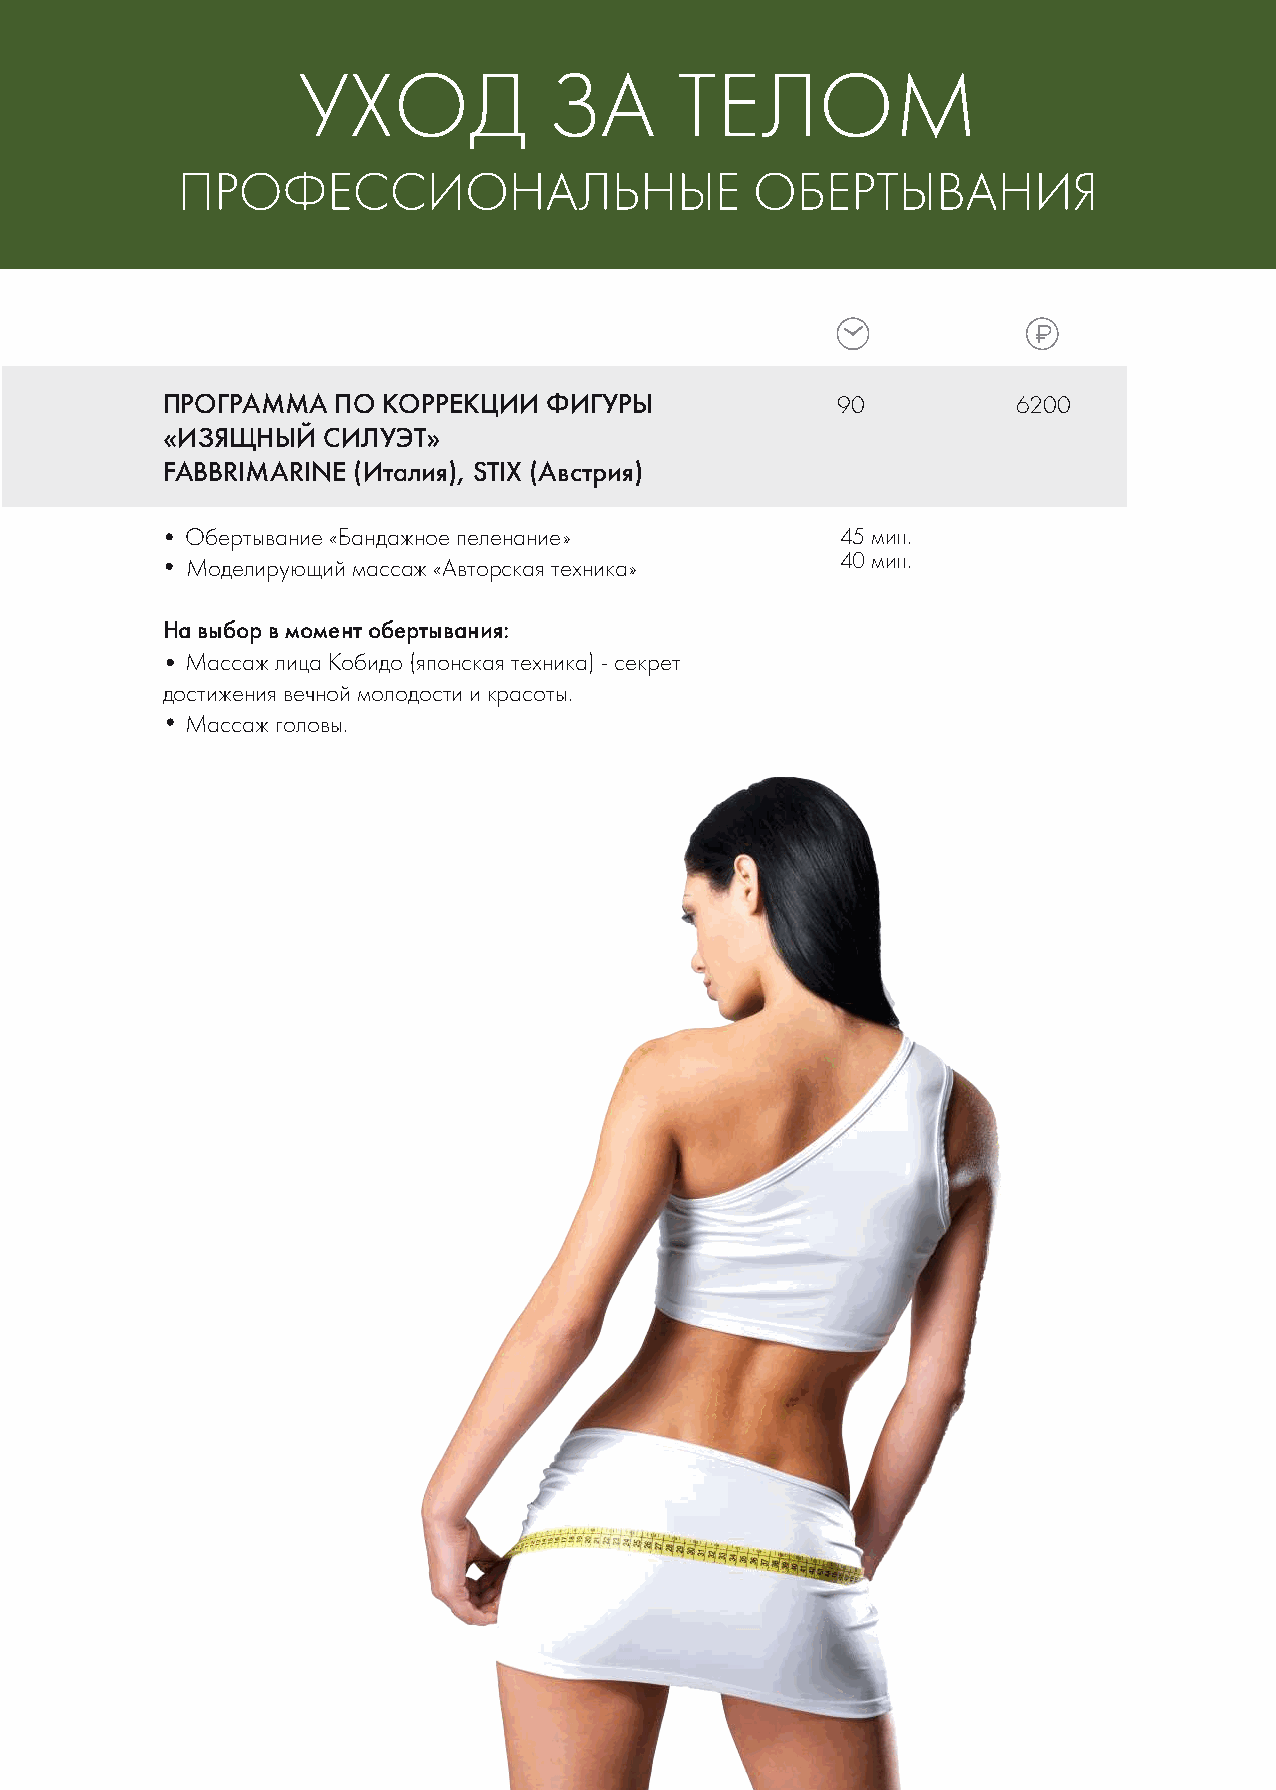
УХОД            ЗА       ТЕЛОМ
 ПРОФЕССИОНАЛЬНЫЕ                      ОБЕРТЫВАНИЯ
 ПРОГРАММА  ПО КОРРЕКЦИИ  ФИГУРЫ             90          6200
 «ИЗЯЩНЫЙ  СИЛУЭТ»
 FABBRIMARINE (Италия), STIX (Австрия)
 Обертывание «Бандажное пеленание»           45 мин.
 40 мин.
 Моделирующий массаж «Авторская техника»
 На выбор в момент обертывания:
 Массаж лица Кобидо (японская техника) - секрет
 достижения вечной молодости и красоты.
 Массаж головы.